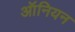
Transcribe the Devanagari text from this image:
ऑनियन